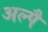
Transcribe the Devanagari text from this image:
अल्पै